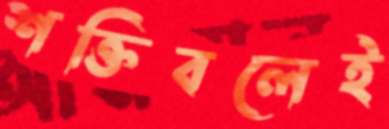
শক্তিবলেই